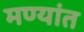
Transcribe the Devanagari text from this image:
मण्यांत